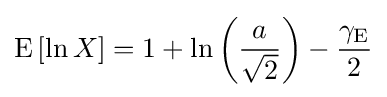
\operatorname {E} \left[\ln X\right]=1+\ln \left({\frac {a}{\sqrt {2}}}\right)-{\frac {\gamma _{\mathrm {E} }}{2}}